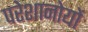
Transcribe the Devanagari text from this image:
परेशानोयों